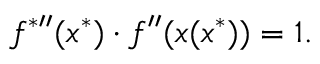
f ^ { { * } \prime \prime } ( x ^ { * } ) \cdot f ^ { \prime \prime } ( x ( x ^ { * } ) ) = 1 .